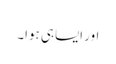
اور ایسا ہی ہوا۔